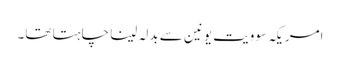
امریکہ سوویت یونین سے بدلہ لینا چاہتا تھا۔